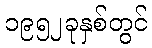
၁၉၅၂ခုနှစ်တွင်